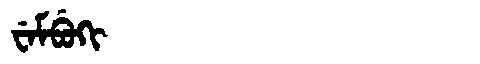
Manchu: ᠸᡝᠮᠪᡠᡴᡳ
Romanization: WEMBUKI